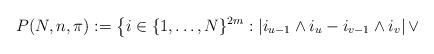
LaTeX: \begin{align*}P(N,n,\pi):=\bigl\{i\in\{1,\ldots,N\}^{2m}:\left|i_{u-1}\wedge i_u-i_{v-1}\wedge i_v\right|\vee\end{align*}